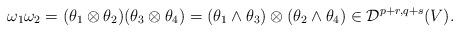
LaTeX: \begin{align*} \omega_1\omega_2= (\theta_1\otimes \theta_2 )(\theta_3\otimes \theta_4)= (\theta_1\wedge \theta_3 )\otimes(\theta_2\wedge \theta_4)\in {\mathcal D}^{p+r,q+s}(V).\end{align*}